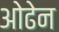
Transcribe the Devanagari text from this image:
ओढेन